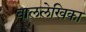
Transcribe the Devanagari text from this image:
बाललेखिका